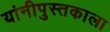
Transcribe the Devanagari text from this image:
यांनीपुस्तकाला